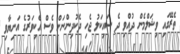
ތެރޭގައި ވިޝަލްމެން ދުއްވި ދެ ސައިކަލު ޖެހި ދެކުދިންނަށް ވެސް އެކިވަރުގެ އަނިޔާވި